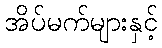
အိပ်မက်များနှင့်